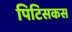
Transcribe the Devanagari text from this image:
पिटिसकस